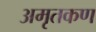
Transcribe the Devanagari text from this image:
अमृतकण